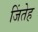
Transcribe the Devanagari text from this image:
जिंतेह